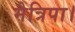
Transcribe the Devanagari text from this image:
मैत्रिपा।